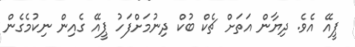
ޕީއޭ އެވެ. ދިޔާން އަތަށް ޗެކް ބުކް ދިނުމަށްފަހު ޕީއޭ ގެއިން ނިކުމެގެން